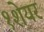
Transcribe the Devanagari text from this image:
१शेयर